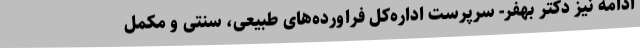
ادامه نیز دکتر بهفر- سرپرست اداره‌کل فراورده‌های طبیعی، سنتی و مکمل